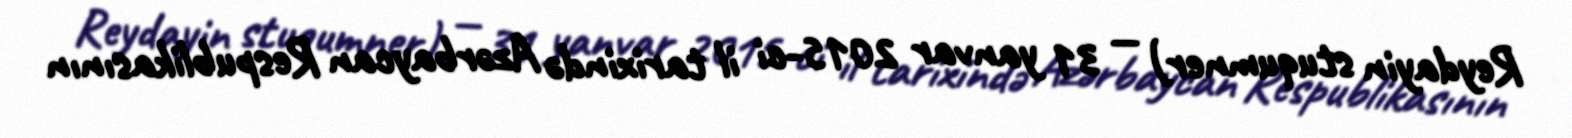
Reydayin stuqumner) — 31 yanvar 2015-ci il tarixində Azərbaycan Respublikasının